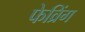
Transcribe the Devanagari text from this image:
फेव्रिंग